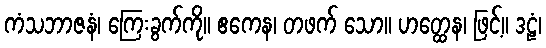
ကံသဘာဇနံ၊ ကြေးခွက်ကို။ ဧကေန၊ တဖက် သော။ ဟတ္ထေန၊ ဖြင့်။ ဒဠံ၊